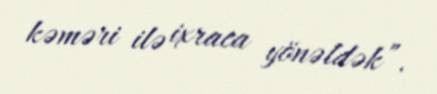
kəməri ilə ixraca yönəldək”.